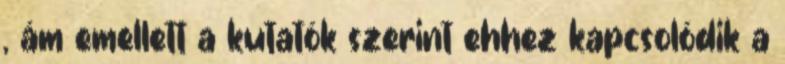
, ám emellett a kutatók szerint ehhez kapcsolódik a